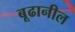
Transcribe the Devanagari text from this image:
बूढानील